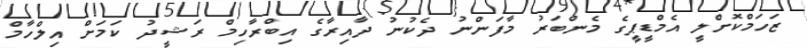
ޒަހަމްކޮށްލީ އެމްޑީޕީގެ މެންބަރު މާފަންނު ދެކުނު ދާއިރާގެ އިބްރާހިމް ރަޝީދު ކަމަށް އިލްހާމް